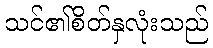
သင်၏စိတ်နှလုံးသည်